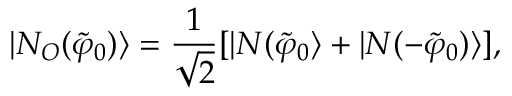
| N _ { O } ( \tilde { \varphi } _ { 0 } ) \rangle = \frac { 1 } { \sqrt { 2 } } [ | N ( \tilde { \varphi } _ { 0 } \rangle + | N ( - \tilde { \varphi } _ { 0 } ) \rangle ] ,